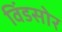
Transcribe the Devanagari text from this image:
विंडसोर